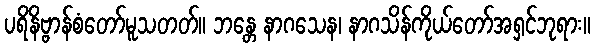
ပရိနိဗ္ဗာန်စံတော်မူသတတ်။ ဘန္တေ နာဂသေန၊ နာဂသိန်ကိုယ်တော်အရှင်ဘုရား။